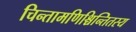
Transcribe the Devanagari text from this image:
चिन्तामणिश्चिन्तितस्य